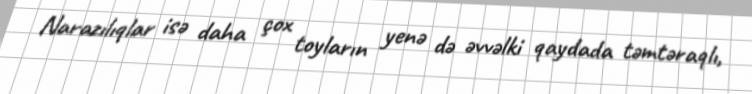
Narazılıqlar isə daha çox toyların yenə də əvvəlki qaydada təmtəraqlı,